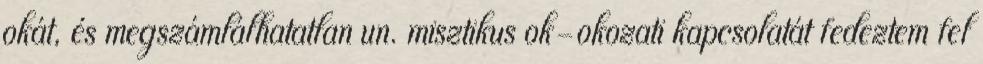
okát, és megszámlálhatatlan un. misztikus ok-okozati kapcsolatát fedeztem fel